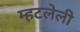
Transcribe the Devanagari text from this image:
म्हटलेली